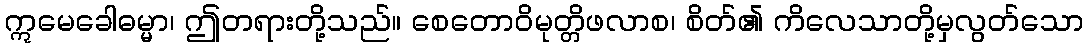
ဣမေခေါဓမ္မာ၊ ဤတရားတို့သည်။ စေတောဝိမုတ္တိဖလာစ၊ စိတ်၏ ကိလေသာတို့မှလွတ်သော